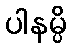
ပါနမ္ပိ